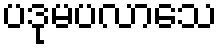
ပဒုမပလာသေ